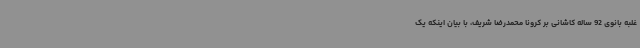
غلبه بانوی 92 ساله کاشانی بر کرونا محمدرضا شریف، با بیان اینکه یک